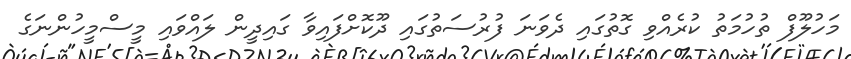
މަހުލޫފް ތުހުމަތު ކުރެއްވި ގޮތުގައި ދެވަނަ ފުރުސަތުގައި ދޫކޮށްފައިވާ ގައިދީން ލައްވައި މީސްމީހުންނަގެ